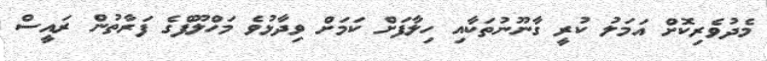
މެދުވެރިކޮށް އަމަލު ކުރީ ގާނޫނުތަކާއި ހިލާފަށް ކަމަށް ވިދާޅުވެ މަހްލޫފްގެ ފަރާތުން ރައީސް